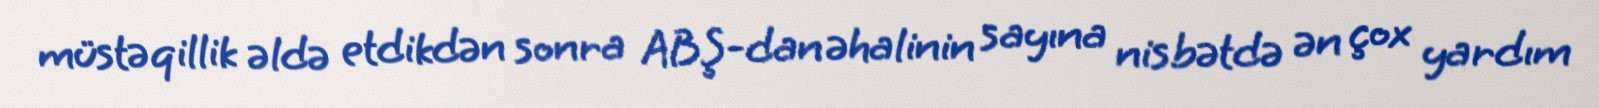
müstəqillik əldə etdikdən sonra ABŞ-dan əhalinin sayına nisbətdə ən çox yardım